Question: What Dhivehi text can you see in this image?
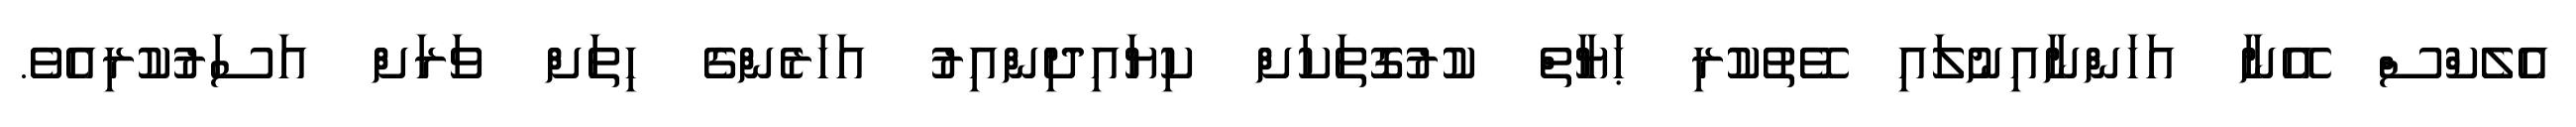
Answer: އެލެކްސް އޭނާ އަހަންނާއިނުލައި ވޭތުކުރި ޙަޔާތް ކުރުގޮތަކަށް ކިޔައިދިންއިރު އަހަރެންގެ ހިތަށް ވަރަށް އަސަރުކުރިއެވެ.